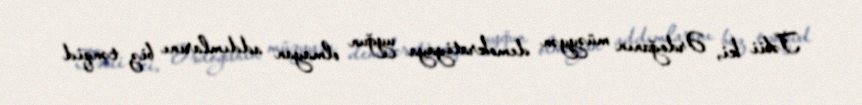
Təbii ki, Ərdoğanın müəyyən demokratiyaya uyğun olmayan addımlarını biz tənqid